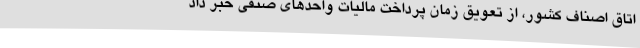
اتاق اصناف کشور، از تعویق زمان پرداخت مالیات واحدهای صنفی خبر داد